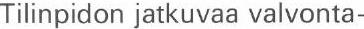
Tilinpidon jatkuvaa valvonta-